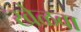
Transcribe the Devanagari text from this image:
खेळवा